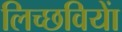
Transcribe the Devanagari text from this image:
लिच्छवियाें